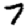
Digit: 7